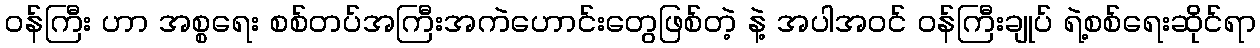
ဝန်ကြီး ဟာ အစ္စရေး စစ်တပ်အကြီးအကဲဟောင်းတွေဖြစ်တဲ့ နဲ့ အပါအဝင် ဝန်ကြီးချုပ် ရဲ့စစ်ရေးဆိုင်ရာ